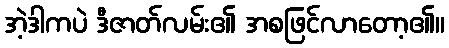
အဲ့ဒါကပဲ ဒီဇာတ်လမ်း၏ အစဖြင်လာတော့၏။